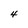
Character: 4